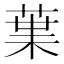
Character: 𮏩